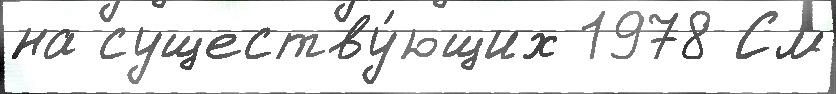
на существу́ющих 1978 См